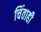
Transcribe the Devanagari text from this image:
चिंताही